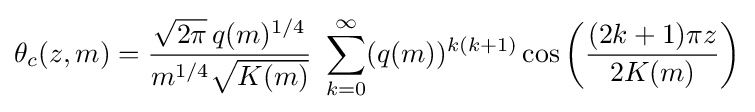
\theta _{c}(z,m)={\frac {{\sqrt {2\pi }}\,q(m)^{1/4}}{m^{1/4}{\sqrt {K(m)}}}}\,\,\sum _{k=0}^{\infty }(q(m))^{k(k+1)}\cos \left({\frac {(2k+1)\pi z}{2K(m)}}\right)